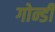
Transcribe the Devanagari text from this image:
गोन्डी